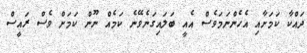
ދައްކާ ކަމަށާއި އެހެންނަމަވެސް އެއީ ބަލައިގަނެވޭނެ ކަމެއް ނޫން ކަމަށް ވެސް ރައީސް